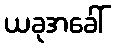
ယခုအခေါ်